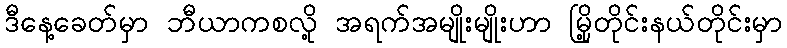
ဒီနေ့ခေတ်မှာ ဘီယာကစလို့ အရက်အမျိုးမျိုးဟာ မြို့တိုင်းနယ်တိုင်းမှာ